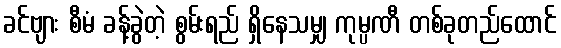
ခင်ဗျား စီမံ ခန့်ခွဲတဲ့ စွမ်းရည် ရှိနေသမျှ ကုမ္ပဏီ တစ်ခုတည်ထောင်